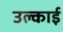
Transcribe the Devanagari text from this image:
उल्काई